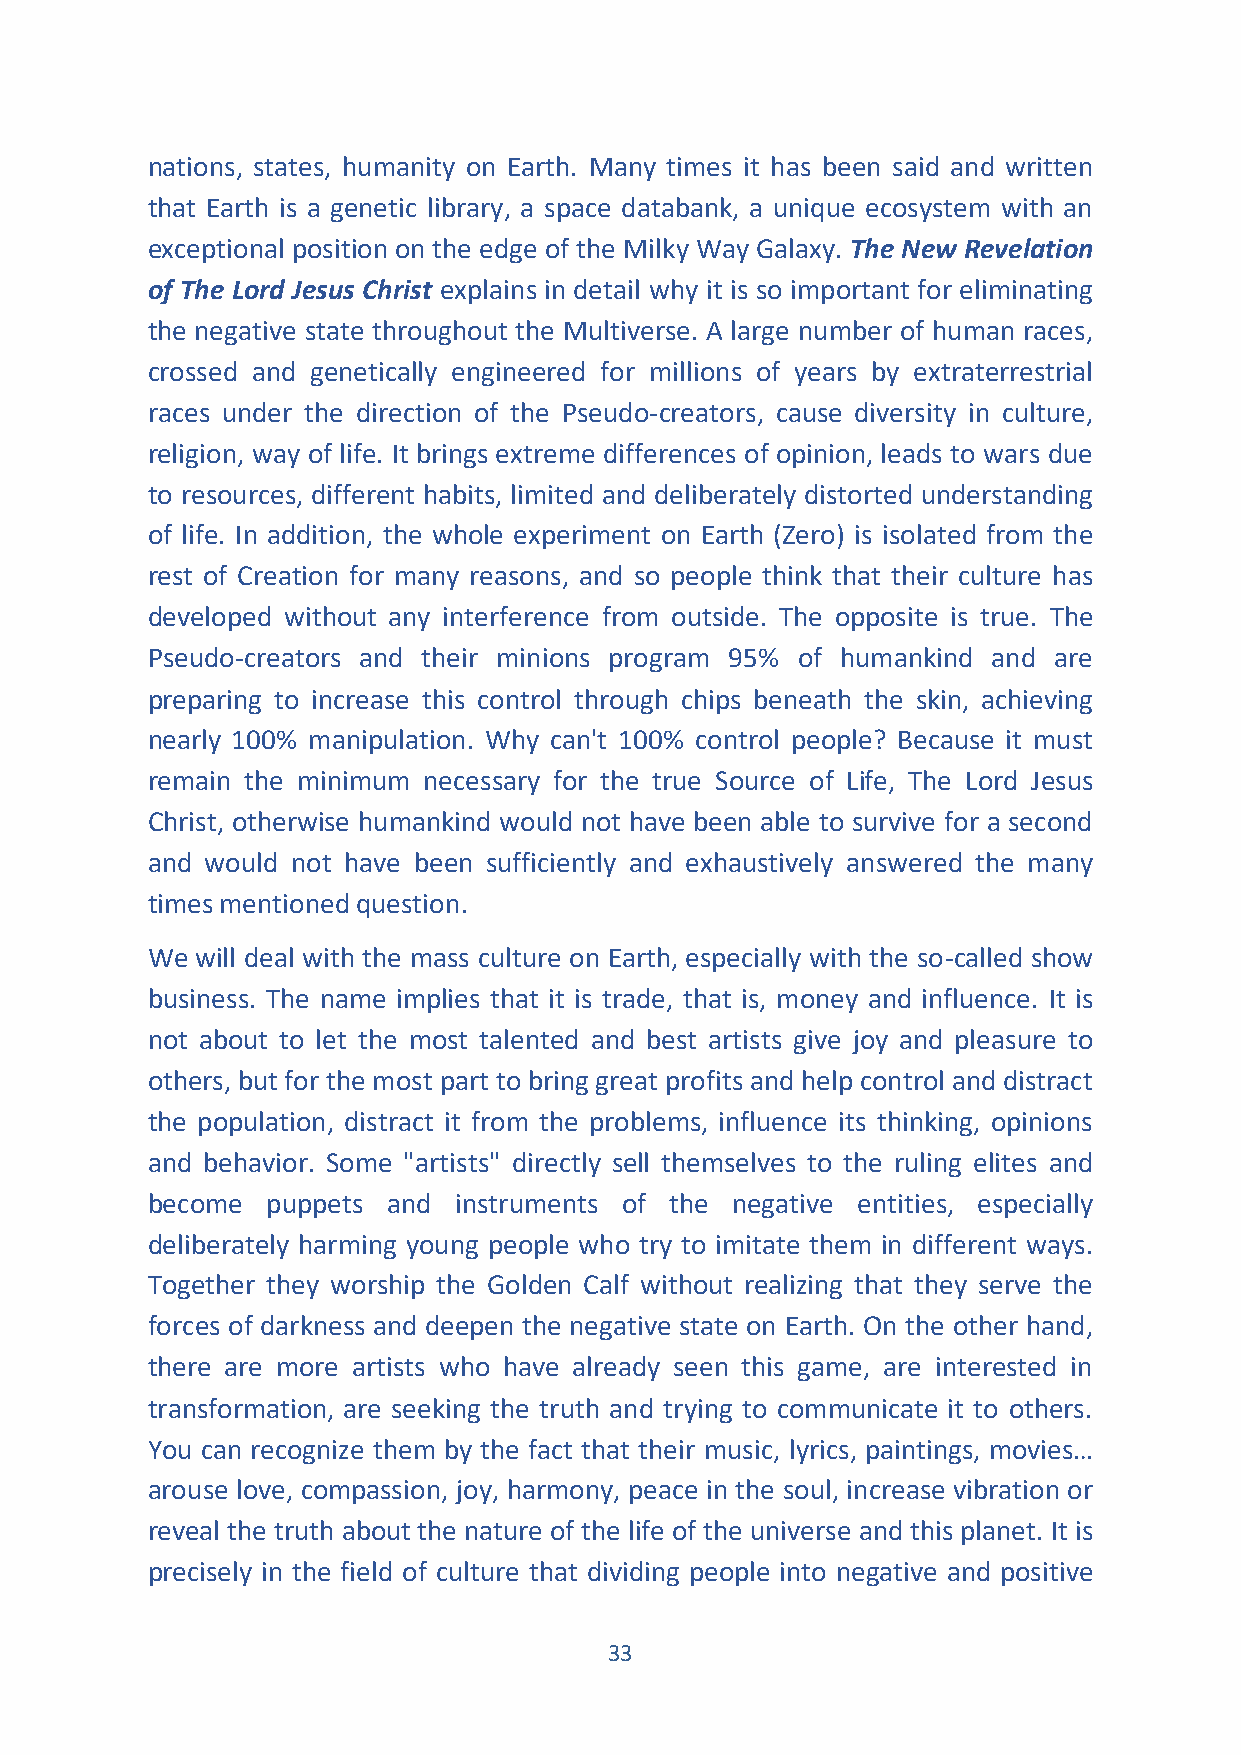
nations, states, humanity on Earth. Many times it has been said and written
 that Earth is a genetic library, a space databank, a unique ecosystem with an
 exceptional position on the edge of the Milky Way Galaxy. The New Revelation
 of The Lord Jesus Christ explains in detail why it is so important for eliminating
 the negative state throughout the Multiverse. A large number of human races,
 crossed and genetically engineered for millions of years by extraterrestrial
 races under the direction of the Pseudo-creators, cause diversity in culture,
 religion, way of life. It brings extreme differences of opinion, leads to wars due
 to resources, different habits, limited and deliberately distorted understanding
 of life. In addition, the whole experiment on Earth (Zero) is isolated from the
 rest of Creation for many reasons, and so people think that their culture has
 developed without any interference from outside. The opposite is true. The
 Pseudo-creators and their minions program 95% of humankind and are
 preparing to increase this control through chips beneath the skin, achieving
 nearly 100% manipulation. Why can't 100% control people? Because it must
 remain the minimum necessary for the true Source of Life, The Lord Jesus
 Christ, otherwise humankind would not have been able to survive for a second
 and would not have been sufficiently and exhaustively answered the many
 times mentioned question.
 We will deal with the mass culture on Earth, especially with the so-called show
 business. The name implies that it is trade, that is, money and influence. It is
 not about to let the most talented and best artists give joy and pleasure to
 others, but for the most part to bring great profits and help control and distract
 the population, distract it from the problems, influence its thinking, opinions
 and behavior. Some "artists" directly sell themselves to the ruling elites and
 become  puppets and instruments of the negative entities, especially
 deliberately harming young people who try to imitate them in different ways.
 Together they worship the Golden Calf without realizing that they serve the
 forces of darkness and deepen the negative state on Earth. On the other hand,
 there are more artists who have already seen this game, are interested in
 transformation, are seeking the truth and trying to communicate it to others.
 You can recognize them by the fact that their music, lyrics, paintings, movies…
 arouse love, compassion, joy, harmony, peace in the soul, increase vibration or
 reveal the truth about the nature of the life of the universe and this planet. It is
 precisely in the field of culture that dividing people into negative and positive
 33